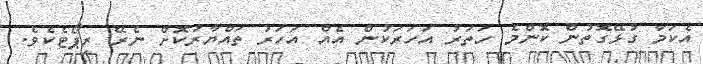
އެކަމާ ގުޅޭގޮތުން ކޮންމެ ހަތަރު އަހަރަކުން އެއް އަހަރު ތައްޔާރުކޮށް ނެރޭ ރިޕޯޓެކެވެ.